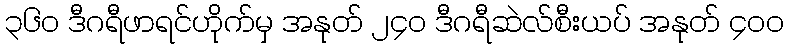
၃၆၀ ဒီဂရီဖာရင်ဟိုက်မှ အနုတ် ၂၄၀ ဒီဂရီဆဲလ်စီးယပ် အနုတ် ၄၀၀